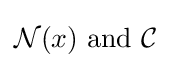
{\mathcal {N}}(x){\text{ and }}{\mathcal {C}}